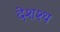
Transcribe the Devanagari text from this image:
देशश्थ